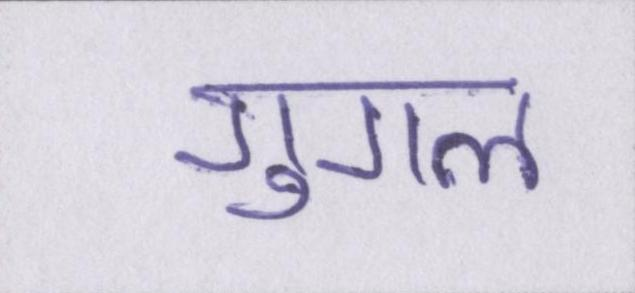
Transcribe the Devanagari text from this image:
गुगल